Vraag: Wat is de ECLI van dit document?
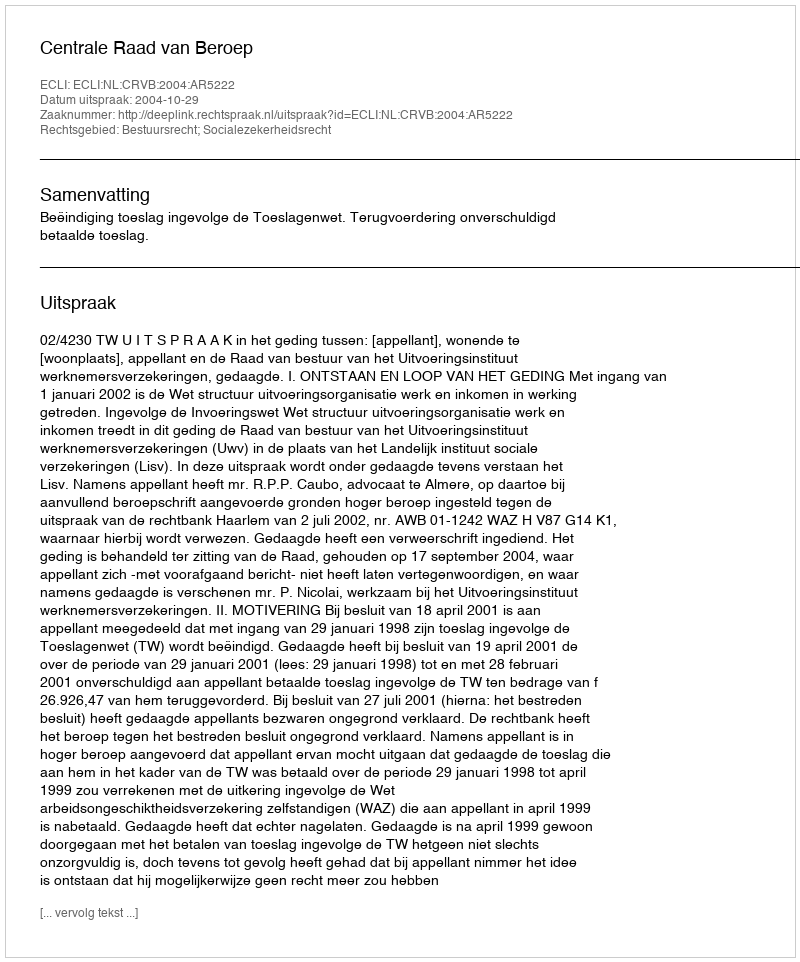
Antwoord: ECLI:NL:CRVB:2004:AR5222